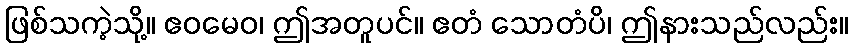
ဖြစ်သကဲ့သို့။ ဧဝမေဝ၊ ဤအတူပင်။ ဧတံ သောတံပိ၊ ဤနားသည်လည်း။